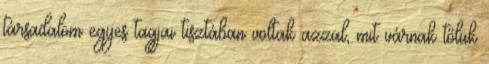
társadalom egyes tagjai tisztában voltak azzal, mit várnak tőlük